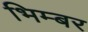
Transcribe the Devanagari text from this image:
भिम्बर